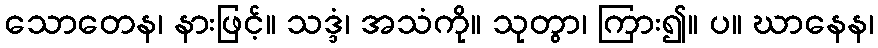
သောတေန၊ နားဖြင့်။ သဒ္ဒံ၊ အသံကို။ သုတွာ၊ ကြား၍။ ပ။ ဃာနေန၊